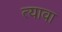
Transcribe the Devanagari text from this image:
त्यावा